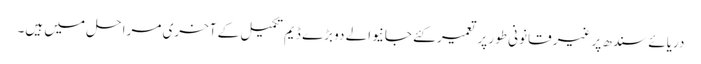
دریائے سندھ پر غیر قانونی طور پر تعمیر کئے جانیوالے دو بڑے ڈیم تکمیل کے آخری مرا حل میں ہیں۔